system: You are a helpful assistant.
user:
Analyze the provided spectrum to determine if it is a **"Cataclysmic Variables (CV)"**.

- **Key Indicators for CV (Check for either state):**
    - **State 1: Quiescent / Low-State (Emission-Dominated)**
        - **(Primary):** Strong and *very broad* Hydrogen Balmer emission lines (e.g., $H\alpha$ at 6563 Å, $H\beta$ at 4861 Å). The 'broadness' (high velocity dispersion, often FWHM > 1000 km/s) is the key diagnostic, indicating a high-velocity accretion disk.
        - **(Secondary):** Broad neutral Helium (He I) emission lines (e.g., 5876 Å, 6678 Å).
        - **(Key Confirmation):** Presence of high-excitation *ionized* Helium (He II) emission at 4686 Å. This is a strong indicator of accretion onto a white dwarf.
        - **(Line Profile):** Emission lines may exhibit a 'double-peaked' profile, which is a classic signature of a rotating accretion disk viewed at high inclination.

    - **State 2: Outburst / High-State (Absorption-Dominated)**
        - **(Primary):** Spectrum is dominated by a bright, blue continuum (looks like a hot star).
        - **(Secondary):** The emission lines from State 1 are weak, absent, or 'filled in', and are replaced by broad, shallow *absorption* lines (primarily Balmer and He I).
        - **(Morphology):** The overall spectrum mimics a hot B/A-type star. The crucial difference is that the absorption lines are significantly broader, shallower, and more 'washed-out' (or 'smeared') than the sharp lines of a normal stellar photosphere, due to high rotational speeds and pressure broadening in the disk.

Think first, call **spectral_visualization_tool** if needed to examine features in detail, then provide your final answer. Your response must adhere to the following strict rules:
1.  **Overall Structure:** Your response must follow the format `<think>...</think> <tool_call>...</tool_call> (if a tool is used) <answer>...</answer>`.
2.  **Tool Usage Constraint:** You may only make **one** tool call per turn.
3.  **Final Answer Format:** In the `<answer>` tag, your conclusion must be inside a `\boxed{}` command (e.g., `\boxed{YES}`), followed by your justification.

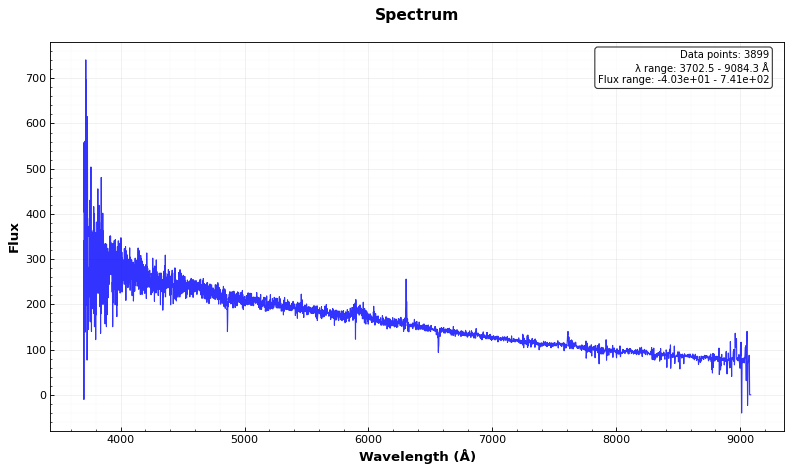
Answer: NO